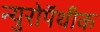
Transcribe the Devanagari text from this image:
न्युरोपॅथीक